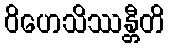
ဝိဟေသိဿန္တီတိ